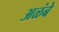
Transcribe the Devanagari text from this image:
अळंबे